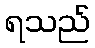
ရသည်